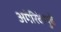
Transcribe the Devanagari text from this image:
अमेरिकेपुढे